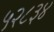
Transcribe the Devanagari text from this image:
५२८३४